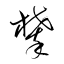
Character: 攀